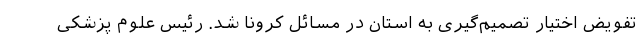
تفویض اختیار تصمیم‌گیری به استان در مسائل کرونا شد. رئیس علوم پزشکی